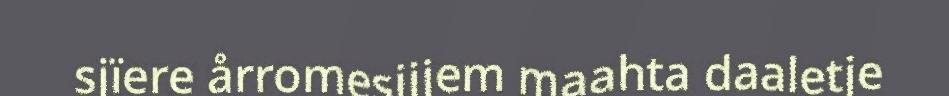
sjïere årromesijjem maahta daaletje